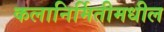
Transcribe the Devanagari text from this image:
कलानिर्मितीमधील